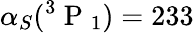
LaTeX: \alpha_{S}(^{3}\mathrm{~P~}_{1})=233